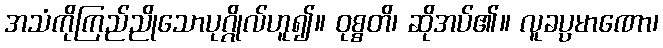
အသံကိုကြည်ညိုသောပုဂ္ဂိုလ်ဟူ၍။ ဝုစ္စတိ၊ ဆိုအပ်၏။ လူခပ္ပမာဏော၊